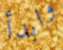
وابدأ